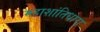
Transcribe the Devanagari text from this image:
महाशांतिधारा